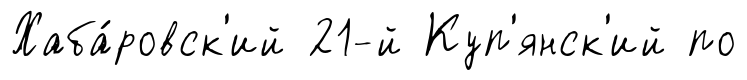
Хаба́ровск'ий 21-й Куп'янск'ий по